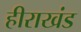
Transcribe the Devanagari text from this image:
हीराखंड